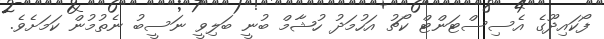
ފޯކައިދޫގެ އެސިސްޓަންޓް ކޯޗު އަހުމަދު ހުޝާމް ބުނީ ބަލިވީ ނަސީބު ނެތުމުން ކަމަށެވެ.